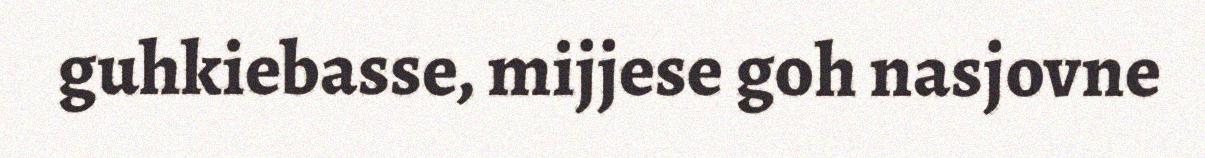
guhkiebasse, mijjese goh nasjovne